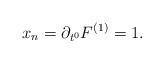
LaTeX: \begin{align*}x_n=\partial_{t^{0}}F^{(1)}=1.\end{align*}